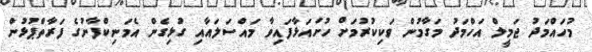
މުހައްމަދު ޖަމީލް އަހްމަދު މަގާމުން ވަކިކުރުމަށް ހުށައަޅާފައިވާ މައްސަލައާއި ގުޅިގެން އެމަނިކްފާނުގެ ފަރާތްޕުޅުން